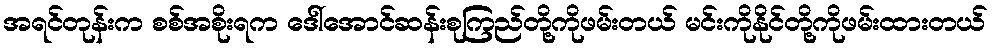
အရင်တုန်းက စစ်အစိုးရက ဒေါ်အောင်ဆန်းစုကြည်တို့ကိုဖမ်းတယ် မင်းကိုနိုင်တို့ကိုဖမ်းထားတယ်